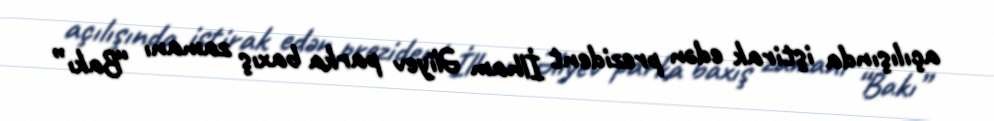
açılışında iştirak edən prezident İlham Əliyev parka baxış zamanı “Bakı”